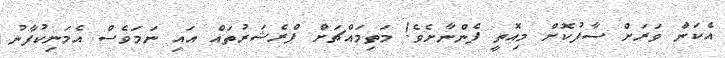
އެކަން ވަރަށް ސާފުކޮށް މިއޮތީ ފެންނާށެވެ! މަތިމައްޗަށް ޕްރެޝަރުތައް އައި ނަމަވެސް އެމަނިކުފާނު